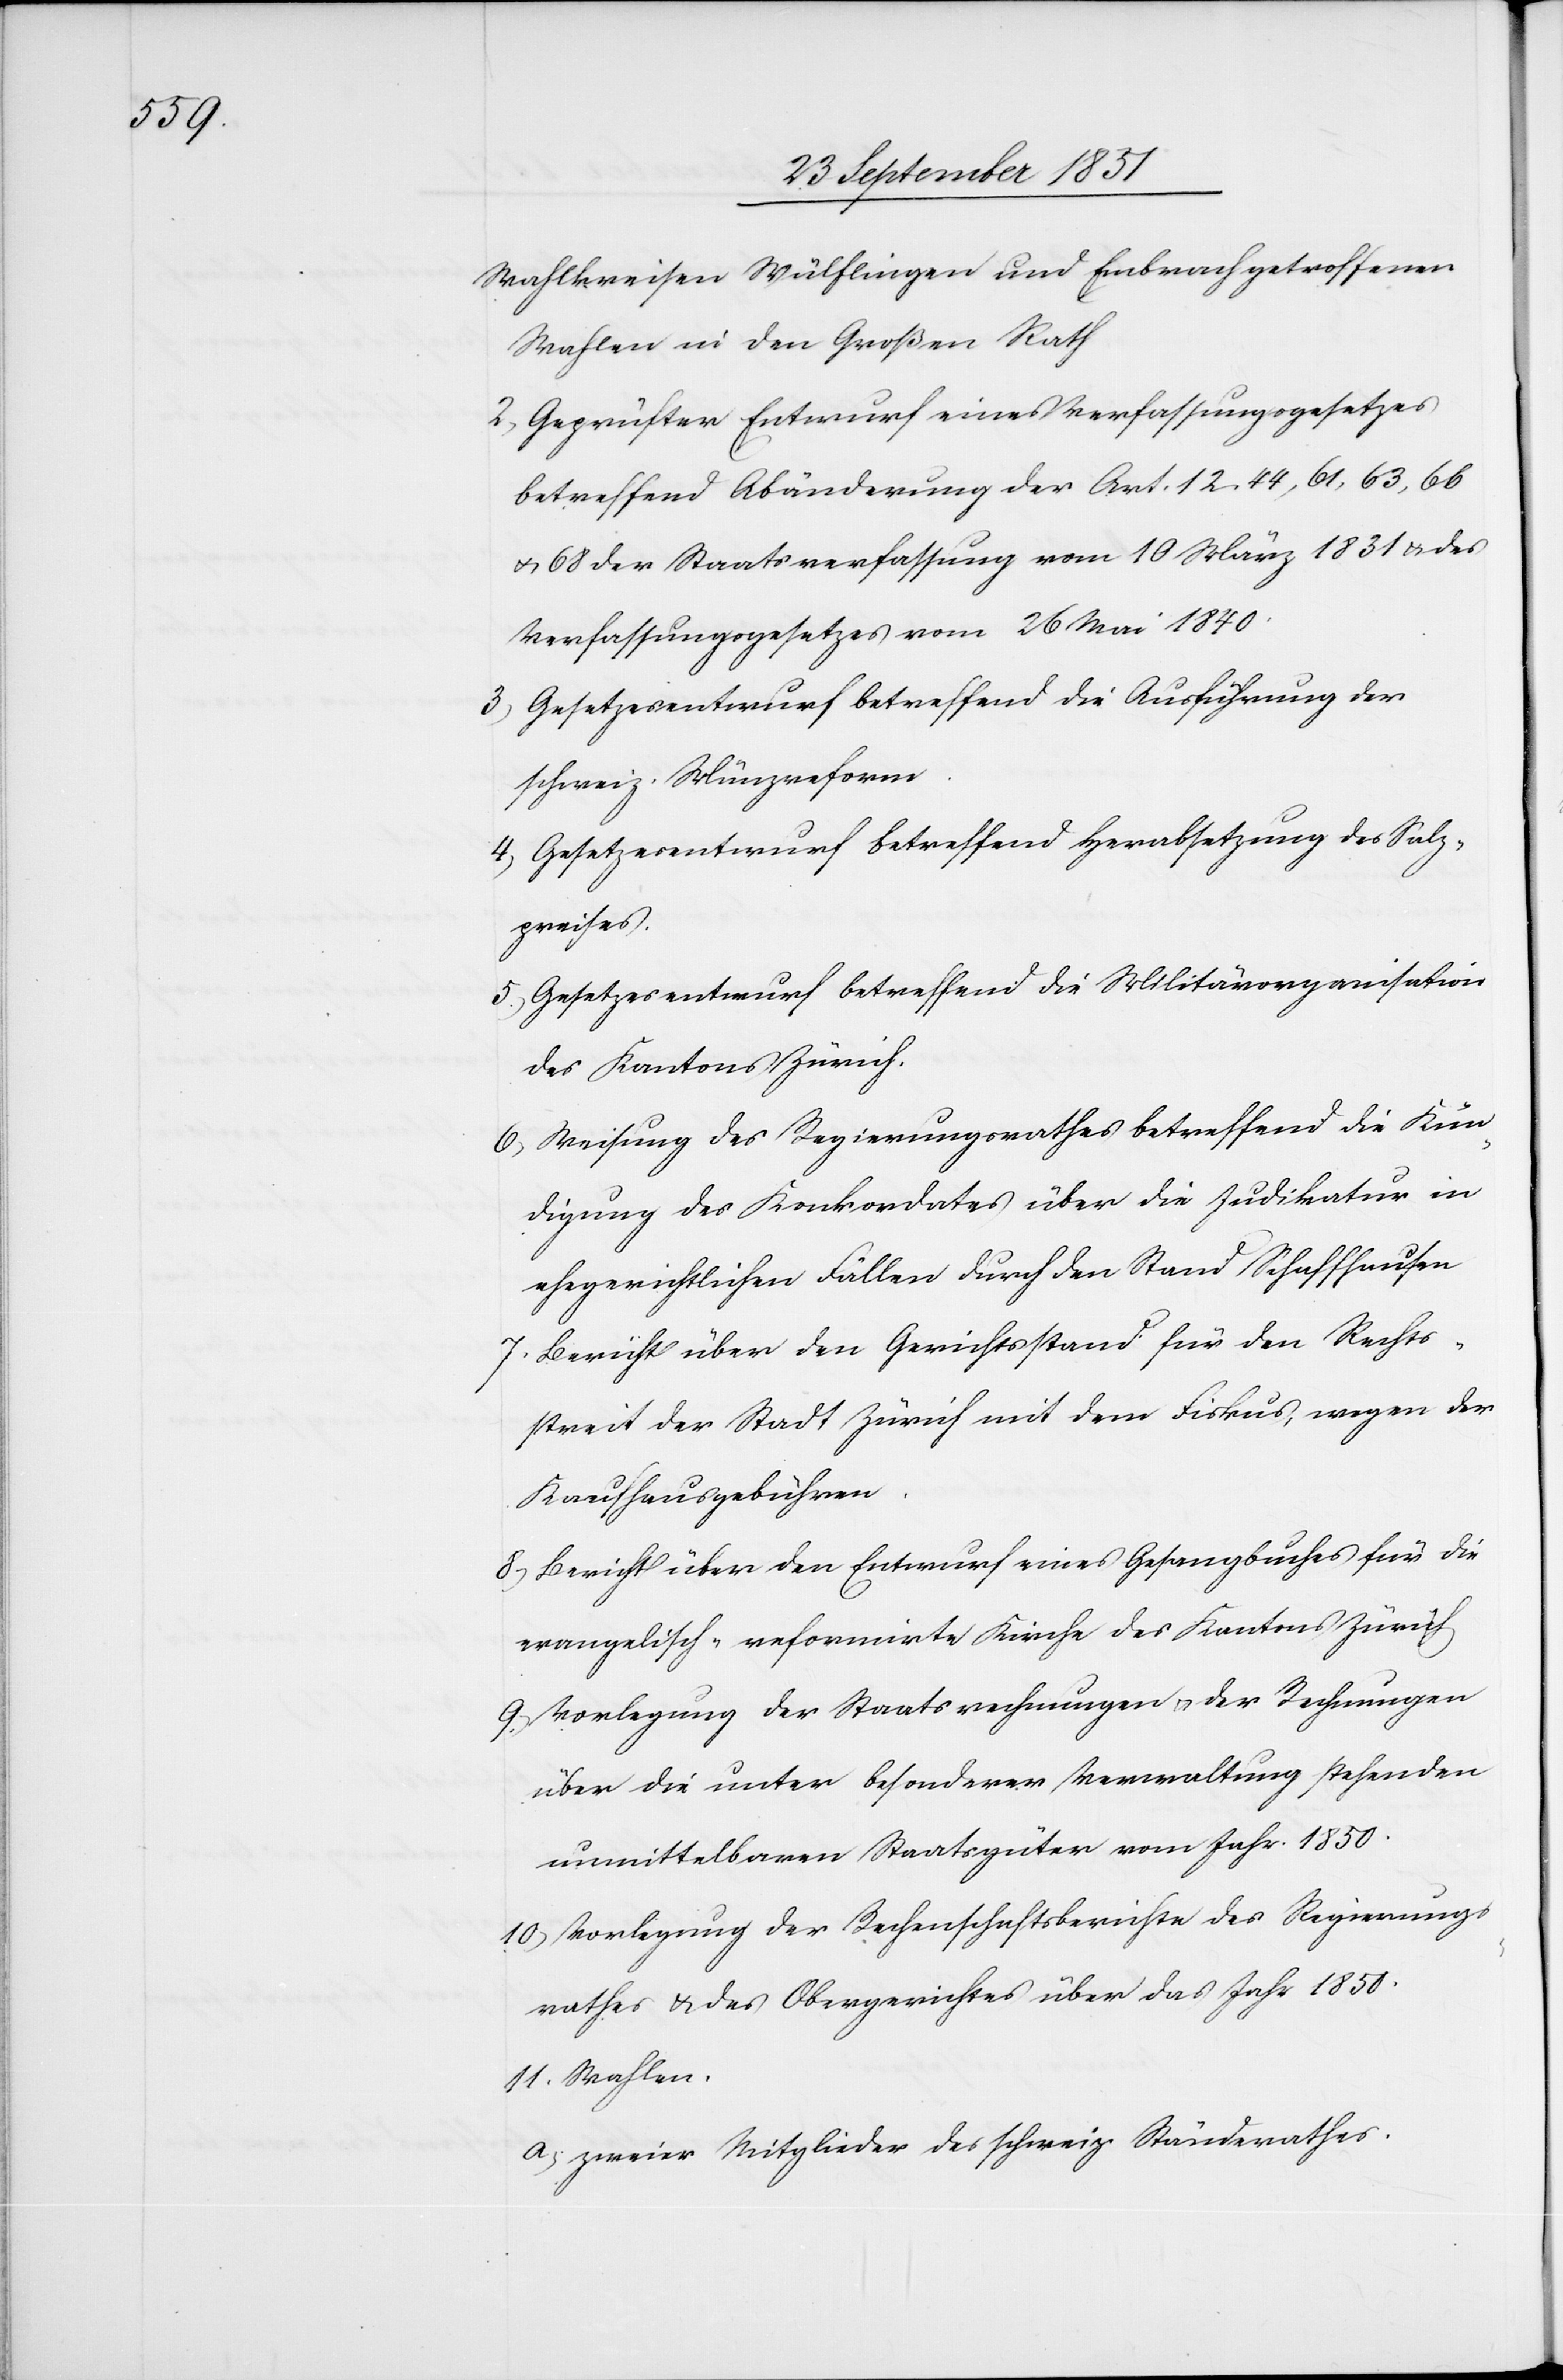
Wahlkreisen Wülflingen und Embrach getroffenen
Wahlen in den Großen Rath
Geprüfter Entwurf eines Verfassungsgesetzes
betreffend Abänderung der Art. 12, 44, 61, 63, 66
& 68 der Staatsverfassung vom 10 März 1831 & des
Verfassungsgesetzes vom 26 Mai 1840.
Gesetzesentwurf betreffend die Ausführung der
schweiz. Münzreform.
Gesetzesentwurf betreffend Herabsetzung des Salz¬
preises.
Gesetzesentwurf betreffend die Militärorganisation
des Kantons Zürich.
Weisung des Regierungsrathes betreffend die Kün¬
digung des Konkordates über die Judikatur in
ehegerichtlichen Fällen durch den Stand Schaffhausen
Bericht über den Gerichtsstand für den Rechts¬
streit der Stadt Zürich mit dem Fiskus, wegen der
Kaufhausgebühren.
Bericht über den Entwurf eines Gesangbuches für die
evangelisch-reformirte Kirche des Kantons Zürich
Vorlegung der Staatsrechnungen & der Rechnungen
über die unter besonderer Verwaltung stehenden
unmittelbaren Staatsgüter vom Jahr. 1850.
Vorlegung der Rechenschaftsberichte des Regierungs¬
rathes & des Obergerichtes über das Jahr 1850.
zweier Mitglieder des schweiz. Ständerathes.